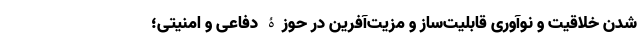
شدن خلاقیت و نوآوری قابلیت­ساز و مزیت­آفرین در حوزۀ دفاعی و امنیتی؛